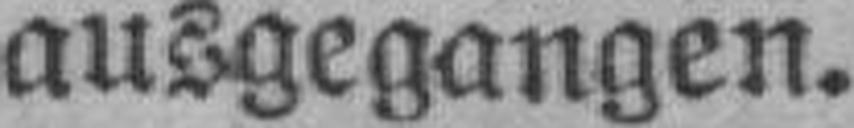
ausgegangen.